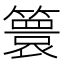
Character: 𮆙